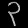
Digit: ၃